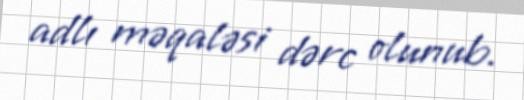
adlı məqaləsi dərc olunub.